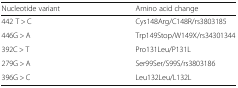
<table><thead><tr><td><b>Nucleotide variant</b></td><td><b>Amino acid change</b></td></tr></thead><tbody><tr><td>442 T &gt; C</td><td>Cys148Arg/C148R/rs3803185</td></tr><tr><td>446G &gt; A</td><td>Trp149Stop/W149X/rs34301344</td></tr><tr><td>392C &gt; T</td><td>Pro131Leu/P131L</td></tr><tr><td>279G &gt; A</td><td>Ser99Ser/S99S/rs3803186</td></tr><tr><td>396G &gt; C</td><td>Leu132Leu/L132L</td></tr></tbody></table>